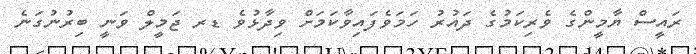
ރައީސް ޔާމީންގެ ވެރިކަމުގެ ދައުރު ހަމަވެފައިވާކަމަށް ވިދާޅުވެ ޑރ ޖަމީލް ވަނީ ބިރުނުގަނެ